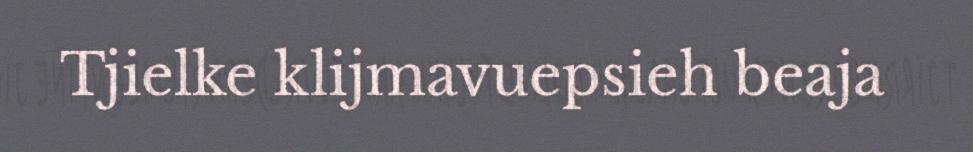
Tjielke klijmavuepsieh beaja